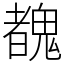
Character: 䰩